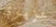
عزيزي